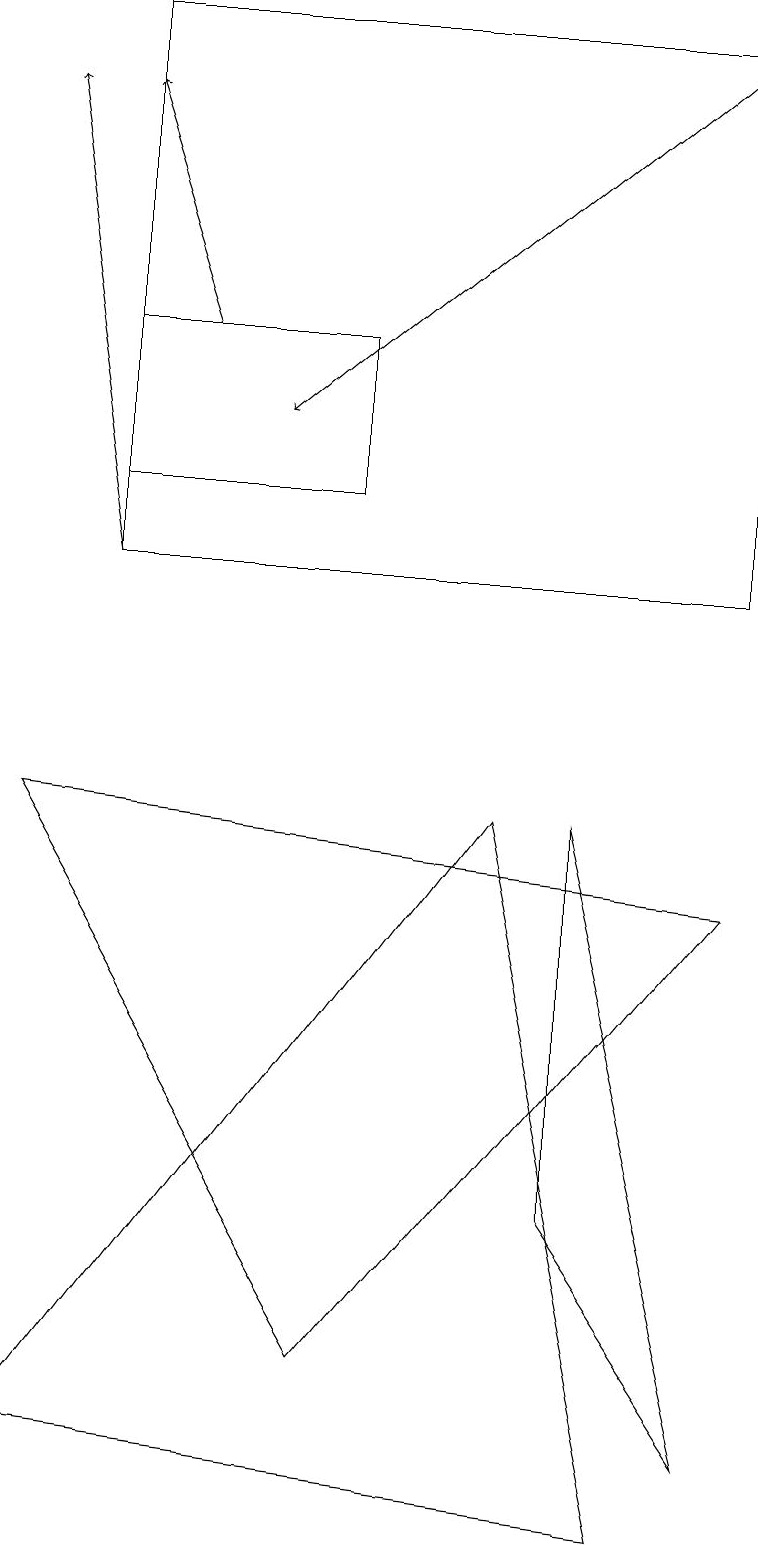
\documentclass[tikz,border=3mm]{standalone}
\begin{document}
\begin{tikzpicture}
\draw (9,12) rectangle (1,19);
\draw (9,1) -- (7,4) -- (7,9) -- cycle;
\draw[->] (9,19) -- (3,14);
\draw (0,1) -- (8,0) -- (6,9) -- cycle;
\draw (0,9) -- (4,2) -- (9,8) -- cycle;
\draw (4,15) rectangle (1,13);
\draw[->] (1,12) -- (0,18);
\draw[->] (2,15) -- (1,18);
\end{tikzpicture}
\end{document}